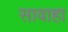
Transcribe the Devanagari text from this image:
सावाहा